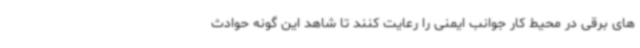
های برقی در محیط کار جوانب ایمنی را رعایت کنند تا شاهد این گونه حوادث